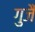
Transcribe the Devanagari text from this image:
गुजै